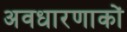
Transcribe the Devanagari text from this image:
अवधारणाकों